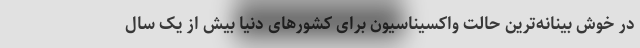
در خوش بینانه‌ترین حالت واکسیناسیون برای کشورهای دنیا بیش از یک سال